Medical and sanitary report of the native army of Bengal for the year
Year: 1875
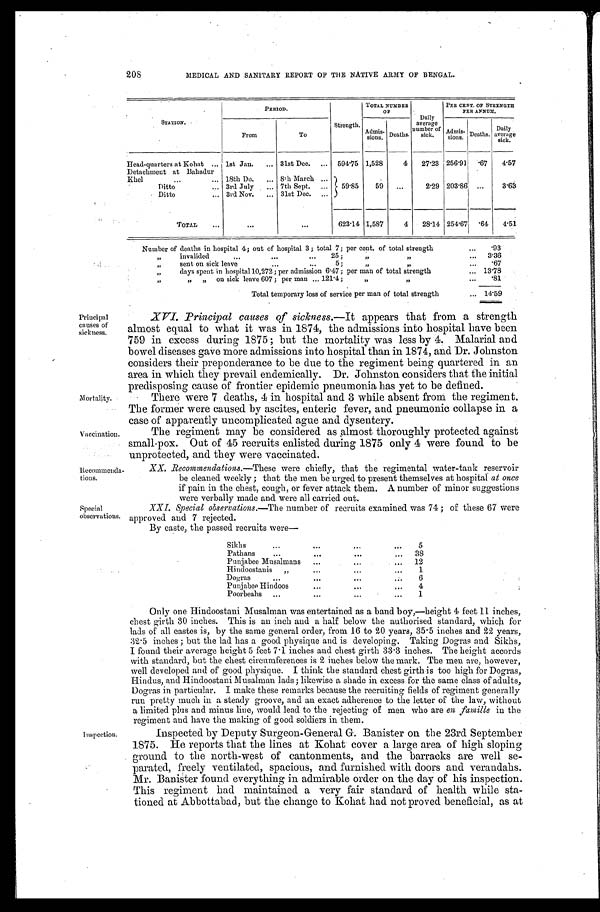
208
MEDICAL AND SANITARY REPORT OF THE NATIVE ARMY OF BENGAL.
Principal
causes of
sickness.
STATION.
PERIOD.
Strength.
TOTAL NUMBER
OF
Daily
average
number of
sick.
PER CENT. OF STRENGTH
PER ANNUM.
From
To
Admis-
sions. Deaths.
Admis-
sions. Deaths. Daily
average
sick.
Head-quarters at Kohat
lst Jan.
31st Dec.
594·75 1,528
4
27·23 256·91 ·67
4·57
Detachment at Bahadur
Khel
18th Do.
8th March
59·85
Ditto
3rd July
7th Sept.
59 ...
2·29 203·86 ...
3·63
Ditto
3rd Nov.
31st Dec.
TOTAL
...
...
623·14 1,587
4
28·14 254·67 ·64
4·51
Number of deaths in hospital 4; out of hospital 3; total 7; per cent. of total strength
·93
” invalided ... ... 25; ” ”
3·36
” sent on sick leave ... ...
5; ” ”
· 6 7
” days spent in hospital 10,272; per admission 6·47; per man of total strength
13·78
” ” ” o n s i c k l e a v e 6 0 7 ; p e r m a n . . . 1 2 1 · 4 ; ” ”
·81
Total temporary loss of service per man of total strength
14·59
XVI. Principal causes of sickness.—It appears that from a strength
almost equal to what it was in 1874, the admissions into hospital have been
759 in excess during 1875; but the mortality was less by 4. Malarial and
bowel diseases gave more admissions into hospital than in 1874, and Dr. Johnston
considers their preponderance to be due to the regiment being quartered in an
area in which they prevail endemically. Dr. Johnston considers that the initial
p r e d i s p o s i n g c a u s e o f f r o n t i e r e p i d e m i c p n e u m o n i a h a s v e t t o b e d e f i n e d .
Mortality.
Vaccination.
Recommenda-
tions.
Special
observations.
Inspection.
There were 7 deaths, 4 in hospital and 3 while absent from the regiment.
The former were caused by ascites, enteric fever, and pneumonic collapse in a
case of apparently uncomplicated ague and dysentery.
The regiment may be considered as almost thoroughly protected against
small-pox. Out of 45 recruits enlisted during 1875 only 4 were found to be
unprotected, and they were vaccinated.
X X . R e c o m m e n d a t i o n s .
— T h e s e
w e r e c h i e f l y , t h a t t h e r e g i m e n t a l w a t e r - t a n k r e s e r v o i r
be cleaned weekly; that the men be urged to present themselves at hospital at once
if pain in the chest, cough, or fever attack them. A number of minor suggestions
were verbally made and were all carried out.
XXI. Special observations. —The number of recruits examined was 74; of these 67 were
approved and 7 rejected.
By caste, the passed recruits were—
Sikhs
5
Pathans
3 8
Punjabee Musalmans
1 2
Hindoostanis
1
Dogras
6
Punjabee Hindoos
4
Poorbeahs
1
Only one Hindoostani Musalman was entertained as a band boy,—height 4 feet 11 inches,
chest girth 30 inches. This is an inch and a half below the authorised standard, which for
lads of all castes is, by the same general order, from 16 to 20 years, 35·5 inches and 22 years,
32·5 inches; but the lad has a good physique and is developing. Taking Dogras and Sikhs,
I found their average height 5 feet 7·1 inches and chest girth 33·3 inches. The height accords
with standard, but the chest circumferences is 2 inches below the mark. The men are, however,
well developed and of good physique. I think the standard chest girth is too high for Dogras,
Hindus, and Hindoostani Musalman lads; likewise a shade in excess for the same class of adults,
Dogras in particular. I make these remarks because the recruiting fields of regiment generally
run pretty much in a steady groove, and an exact adherence to the letter of the law, without
a limited plus and minus line, would lead to the rejecting of men who are en famille in the
regiment and have the making of good soldiers in them.
Inspected by Deputy Surgeon-General G. Banister on the 23rd September
1875. He reports that the lines at Kohat cover a large area of high sloping
ground to the north-west of cantonments, and the barracks are well se
-parated, freely ventilated, spacious, and furnished with doors and verandahs.
Mr. Banister found everything in admirable order on the day of his inspection.
This regiment had maintained a very fair standard of health while sta
-tioned at Abbottabad, but the change to Kohat had not proved beneficial, as at